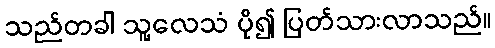
သည်တခါ သူ့လေသံ ပို၍ ပြတ်သားလာသည်။